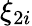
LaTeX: \xi_{2i}